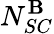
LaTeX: N_{SC}^{\mathbf{B}}